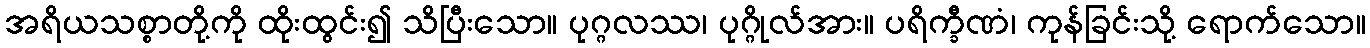
အရိယသစ္စာတို့ကို ထိုးထွင်း၍ သိပြီးသော။ ပုဂ္ဂလဿ၊ ပုဂ္ဂိုလ်အား။ ပရိက္ခီဏံ၊ ကုန်ခြင်းသို့ ရောက်သော။